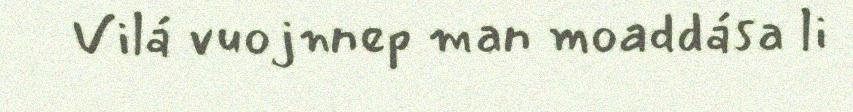
Vilá vuojnnep man moaddása li